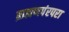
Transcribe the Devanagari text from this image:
ब्राह्मणपंरपरा